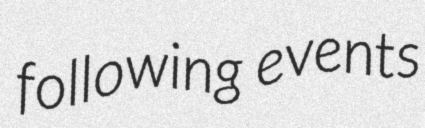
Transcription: following events